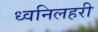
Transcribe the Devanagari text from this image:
ध्वनिलहरी